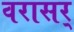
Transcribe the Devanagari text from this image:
वरासर्